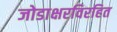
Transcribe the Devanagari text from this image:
जोडाक्षरविरहित